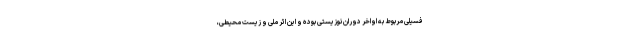
فسیلی مربوط به اواخر دوران نوزیستی بوده و این اثر ملی و زیست محیطی،